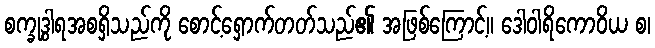
စက္ခုဒွါရအစရှိသည်ကို စောင့်ရှောက်တတ်သည်၏ အဖြစ်ကြောင့်။ ဒေါဝါရိကောဝိယ စ၊